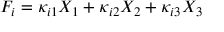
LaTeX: F _ { i } = \kappa _ { i 1 } X _ { 1 } + \kappa _ { i 2 } X _ { 2 } + \kappa _ { i 3 } X _ { 3 }